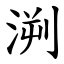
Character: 㴊